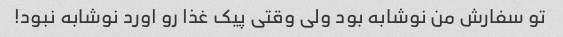
تو سفارش من نوشابه بود ولی وقتی پیک غذا رو اورد نوشابه نبود!